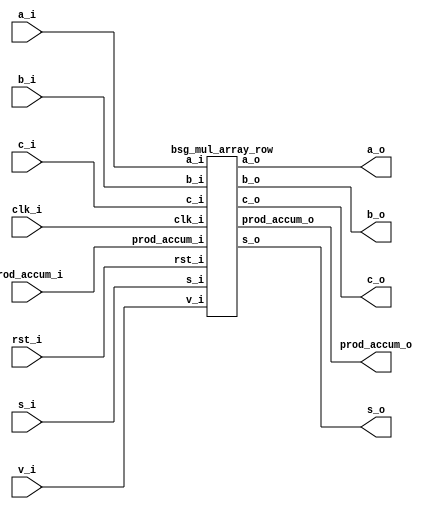


module top
(
  clk_i,
  rst_i,
  v_i,
  a_i,
  b_i,
  s_i,
  c_i,
  prod_accum_i,
  a_o,
  b_o,
  s_o,
  c_o,
  prod_accum_o
);

  input [63:0] a_i;
  input [63:0] b_i;
  input [63:0] s_i;
  input [32:0] prod_accum_i;
  output [63:0] a_o;
  output [63:0] b_o;
  output [63:0] s_o;
  output [33:0] prod_accum_o;
  input clk_i;
  input rst_i;
  input v_i;
  input c_i;
  output c_o;

  bsg_mul_array_row
  wrapper
  (
    .a_i(a_i),
    .b_i(b_i),
    .s_i(s_i),
    .prod_accum_i(prod_accum_i),
    .a_o(a_o),
    .b_o(b_o),
    .s_o(s_o),
    .prod_accum_o(prod_accum_o),
    .clk_i(clk_i),
    .rst_i(rst_i),
    .v_i(v_i),
    .c_i(c_i),
    .c_o(c_o)
  );


endmodule



module bsg_and_width_p64
(
  a_i,
  b_i,
  o
);

  input [63:0] a_i;
  input [63:0] b_i;
  output [63:0] o;
  wire [63:0] o;
  assign o[63] = a_i[63] & b_i[63];
  assign o[62] = a_i[62] & b_i[62];
  assign o[61] = a_i[61] & b_i[61];
  assign o[60] = a_i[60] & b_i[60];
  assign o[59] = a_i[59] & b_i[59];
  assign o[58] = a_i[58] & b_i[58];
  assign o[57] = a_i[57] & b_i[57];
  assign o[56] = a_i[56] & b_i[56];
  assign o[55] = a_i[55] & b_i[55];
  assign o[54] = a_i[54] & b_i[54];
  assign o[53] = a_i[53] & b_i[53];
  assign o[52] = a_i[52] & b_i[52];
  assign o[51] = a_i[51] & b_i[51];
  assign o[50] = a_i[50] & b_i[50];
  assign o[49] = a_i[49] & b_i[49];
  assign o[48] = a_i[48] & b_i[48];
  assign o[47] = a_i[47] & b_i[47];
  assign o[46] = a_i[46] & b_i[46];
  assign o[45] = a_i[45] & b_i[45];
  assign o[44] = a_i[44] & b_i[44];
  assign o[43] = a_i[43] & b_i[43];
  assign o[42] = a_i[42] & b_i[42];
  assign o[41] = a_i[41] & b_i[41];
  assign o[40] = a_i[40] & b_i[40];
  assign o[39] = a_i[39] & b_i[39];
  assign o[38] = a_i[38] & b_i[38];
  assign o[37] = a_i[37] & b_i[37];
  assign o[36] = a_i[36] & b_i[36];
  assign o[35] = a_i[35] & b_i[35];
  assign o[34] = a_i[34] & b_i[34];
  assign o[33] = a_i[33] & b_i[33];
  assign o[32] = a_i[32] & b_i[32];
  assign o[31] = a_i[31] & b_i[31];
  assign o[30] = a_i[30] & b_i[30];
  assign o[29] = a_i[29] & b_i[29];
  assign o[28] = a_i[28] & b_i[28];
  assign o[27] = a_i[27] & b_i[27];
  assign o[26] = a_i[26] & b_i[26];
  assign o[25] = a_i[25] & b_i[25];
  assign o[24] = a_i[24] & b_i[24];
  assign o[23] = a_i[23] & b_i[23];
  assign o[22] = a_i[22] & b_i[22];
  assign o[21] = a_i[21] & b_i[21];
  assign o[20] = a_i[20] & b_i[20];
  assign o[19] = a_i[19] & b_i[19];
  assign o[18] = a_i[18] & b_i[18];
  assign o[17] = a_i[17] & b_i[17];
  assign o[16] = a_i[16] & b_i[16];
  assign o[15] = a_i[15] & b_i[15];
  assign o[14] = a_i[14] & b_i[14];
  assign o[13] = a_i[13] & b_i[13];
  assign o[12] = a_i[12] & b_i[12];
  assign o[11] = a_i[11] & b_i[11];
  assign o[10] = a_i[10] & b_i[10];
  assign o[9] = a_i[9] & b_i[9];
  assign o[8] = a_i[8] & b_i[8];
  assign o[7] = a_i[7] & b_i[7];
  assign o[6] = a_i[6] & b_i[6];
  assign o[5] = a_i[5] & b_i[5];
  assign o[4] = a_i[4] & b_i[4];
  assign o[3] = a_i[3] & b_i[3];
  assign o[2] = a_i[2] & b_i[2];
  assign o[1] = a_i[1] & b_i[1];
  assign o[0] = a_i[0] & b_i[0];

endmodule



module bsg_adder_ripple_carry_width_p64
(
  a_i,
  b_i,
  s_o,
  c_o
);

  input [63:0] a_i;
  input [63:0] b_i;
  output [63:0] s_o;
  output c_o;
  wire [63:0] s_o;
  wire c_o;
  assign { c_o, s_o } = a_i + b_i;

endmodule



module bsg_mul_array_row
(
  clk_i,
  rst_i,
  v_i,
  a_i,
  b_i,
  s_i,
  c_i,
  prod_accum_i,
  a_o,
  b_o,
  s_o,
  c_o,
  prod_accum_o
);

  input [63:0] a_i;
  input [63:0] b_i;
  input [63:0] s_i;
  input [32:0] prod_accum_i;
  output [63:0] a_o;
  output [63:0] b_o;
  output [63:0] s_o;
  output [33:0] prod_accum_o;
  input clk_i;
  input rst_i;
  input v_i;
  input c_i;
  output c_o;
  wire N0,N1,pc,N2,N3,N4,N5,N6,N7,N8,N9,N10,N11,N12,N13,N14,N15,N16,N17,N18,N19,N20,
  N21,N22,N23,N24,N25,N26,N27,N28,N29,N30,N31,N32,N33,N34,N35,N36,N37,N38,N39,N40,
  N41,N42,N43,N44,N45,N46,N47,N48,N49,N50,N51,N52,N53,N54,N55,N56,N57,N58,N59,N60,
  N61,N62,N63,N64,N65,N66,N67,N68,N69,N70,N71,N72,N73,N74,N75,N76,N77,N78,N79,N80,
  N81,N82,N83,N84,N85,N86,N87,N88,N89,N90,N91,N92,N93,N94,N95,N96,N97,N98,N99,N100,
  N101,N102,N103,N104,N105,N106,N107,N108,N109,N110,N111,N112,N113,N114,N115,N116,
  N117,N118,N119,N120,N121,N122,N123,N124,N125,N126,N127,N128,N129,N130,N131,N132,
  N133,N134,N135,N136,N137,N138,N139,N140,N141,N142,N143,N144,N145,N146,N147,N148,
  N149,N150,N151,N152,N153,N154,N155,N156,N157,N158,N159,N160,N161,N162,N163,N164,
  N165,N166,N167,N168,N169,N170,N171,N172,N173,N174,N175,N176,N177,N178,N179,N180,
  N181,N182,N183,N184,N185,N186,N187,N188,N189,N190,N191,N192,N193,N194,N195,N196,
  N197,N198,N199,N200,N201,N202,N203,N204,N205,N206,N207,N208,N209,N210,N211,N212,
  N213,N214,N215,N216,N217,N218,N219,N220,N221,N222,N223,N224,N225,N226,N227,N228,
  N229,N230,N231,N232,N233,N234,N235,N236;
  wire [63:0] pp,ps;
  reg [33:0] prod_accum_o;
  reg [63:0] a_o,b_o,s_o;
  reg c_o;

  bsg_and_width_p64
  and0
  (
    .a_i(a_i),
    .b_i({ b_i[33:33], b_i[33:33], b_i[33:33], b_i[33:33], b_i[33:33], b_i[33:33], b_i[33:33], b_i[33:33], b_i[33:33], b_i[33:33], b_i[33:33], b_i[33:33], b_i[33:33], b_i[33:33], b_i[33:33], b_i[33:33], b_i[33:33], b_i[33:33], b_i[33:33], b_i[33:33], b_i[33:33], b_i[33:33], b_i[33:33], b_i[33:33], b_i[33:33], b_i[33:33], b_i[33:33], b_i[33:33], b_i[33:33], b_i[33:33], b_i[33:33], b_i[33:33], b_i[33:33], b_i[33:33], b_i[33:33], b_i[33:33], b_i[33:33], b_i[33:33], b_i[33:33], b_i[33:33], b_i[33:33], b_i[33:33], b_i[33:33], b_i[33:33], b_i[33:33], b_i[33:33], b_i[33:33], b_i[33:33], b_i[33:33], b_i[33:33], b_i[33:33], b_i[33:33], b_i[33:33], b_i[33:33], b_i[33:33], b_i[33:33], b_i[33:33], b_i[33:33], b_i[33:33], b_i[33:33], b_i[33:33], b_i[33:33], b_i[33:33], b_i[33:33] }),
    .o(pp)
  );


  bsg_adder_ripple_carry_width_p64
  adder0
  (
    .a_i(pp),
    .b_i({ c_i, s_i[63:1] }),
    .s_o(ps),
    .c_o(pc)
  );

  assign { N66, N65, N64, N63, N62, N61, N60, N59, N58, N57, N56, N55, N54, N53, N52, N51, N50, N49, N48, N47, N46, N45, N44, N43, N42, N41, N40, N39, N38, N37, N36, N35, N34, N33, N32, N31, N30, N29, N28, N27, N26, N25, N24, N23, N22, N21, N20, N19, N18, N17, N16, N15, N14, N13, N12, N11, N10, N9, N8, N7, N6, N5, N4, N3 } = (N0)? { 1'b0, 1'b0, 1'b0, 1'b0, 1'b0, 1'b0, 1'b0, 1'b0, 1'b0, 1'b0, 1'b0, 1'b0, 1'b0, 1'b0, 1'b0, 1'b0, 1'b0, 1'b0, 1'b0, 1'b0, 1'b0, 1'b0, 1'b0, 1'b0, 1'b0, 1'b0, 1'b0, 1'b0, 1'b0, 1'b0, 1'b0, 1'b0, 1'b0, 1'b0, 1'b0, 1'b0, 1'b0, 1'b0, 1'b0, 1'b0, 1'b0, 1'b0, 1'b0, 1'b0, 1'b0, 1'b0, 1'b0, 1'b0, 1'b0, 1'b0, 1'b0, 1'b0, 1'b0, 1'b0, 1'b0, 1'b0, 1'b0, 1'b0, 1'b0, 1'b0, 1'b0, 1'b0, 1'b0, 1'b0 } : 
                                                                                                                                                                                                                                                                                                                                       (N1)? a_i : 1'b0;
  assign N0 = rst_i;
  assign N1 = N2;
  assign { N130, N129, N128, N127, N126, N125, N124, N123, N122, N121, N120, N119, N118, N117, N116, N115, N114, N113, N112, N111, N110, N109, N108, N107, N106, N105, N104, N103, N102, N101, N100, N99, N98, N97, N96, N95, N94, N93, N92, N91, N90, N89, N88, N87, N86, N85, N84, N83, N82, N81, N80, N79, N78, N77, N76, N75, N74, N73, N72, N71, N70, N69, N68, N67 } = (N0)? { 1'b0, 1'b0, 1'b0, 1'b0, 1'b0, 1'b0, 1'b0, 1'b0, 1'b0, 1'b0, 1'b0, 1'b0, 1'b0, 1'b0, 1'b0, 1'b0, 1'b0, 1'b0, 1'b0, 1'b0, 1'b0, 1'b0, 1'b0, 1'b0, 1'b0, 1'b0, 1'b0, 1'b0, 1'b0, 1'b0, 1'b0, 1'b0, 1'b0, 1'b0, 1'b0, 1'b0, 1'b0, 1'b0, 1'b0, 1'b0, 1'b0, 1'b0, 1'b0, 1'b0, 1'b0, 1'b0, 1'b0, 1'b0, 1'b0, 1'b0, 1'b0, 1'b0, 1'b0, 1'b0, 1'b0, 1'b0, 1'b0, 1'b0, 1'b0, 1'b0, 1'b0, 1'b0, 1'b0, 1'b0 } : 
                                                                                                                                                                                                                                                                                                                                                                             (N1)? b_i : 1'b0;
  assign { N194, N193, N192, N191, N190, N189, N188, N187, N186, N185, N184, N183, N182, N181, N180, N179, N178, N177, N176, N175, N174, N173, N172, N171, N170, N169, N168, N167, N166, N165, N164, N163, N162, N161, N160, N159, N158, N157, N156, N155, N154, N153, N152, N151, N150, N149, N148, N147, N146, N145, N144, N143, N142, N141, N140, N139, N138, N137, N136, N135, N134, N133, N132, N131 } = (N0)? { 1'b0, 1'b0, 1'b0, 1'b0, 1'b0, 1'b0, 1'b0, 1'b0, 1'b0, 1'b0, 1'b0, 1'b0, 1'b0, 1'b0, 1'b0, 1'b0, 1'b0, 1'b0, 1'b0, 1'b0, 1'b0, 1'b0, 1'b0, 1'b0, 1'b0, 1'b0, 1'b0, 1'b0, 1'b0, 1'b0, 1'b0, 1'b0, 1'b0, 1'b0, 1'b0, 1'b0, 1'b0, 1'b0, 1'b0, 1'b0, 1'b0, 1'b0, 1'b0, 1'b0, 1'b0, 1'b0, 1'b0, 1'b0, 1'b0, 1'b0, 1'b0, 1'b0, 1'b0, 1'b0, 1'b0, 1'b0, 1'b0, 1'b0, 1'b0, 1'b0, 1'b0, 1'b0, 1'b0, 1'b0 } : 
                                                                                                                                                                                                                                                                                                                                                                                                              (N1)? ps : 1'b0;
  assign N195 = (N0)? 1'b0 : 
                (N1)? pc : 1'b0;
  assign { N229, N228, N227, N226, N225, N224, N223, N222, N221, N220, N219, N218, N217, N216, N215, N214, N213, N212, N211, N210, N209, N208, N207, N206, N205, N204, N203, N202, N201, N200, N199, N198, N197, N196 } = (N0)? { 1'b0, 1'b0, 1'b0, 1'b0, 1'b0, 1'b0, 1'b0, 1'b0, 1'b0, 1'b0, 1'b0, 1'b0, 1'b0, 1'b0, 1'b0, 1'b0, 1'b0, 1'b0, 1'b0, 1'b0, 1'b0, 1'b0, 1'b0, 1'b0, 1'b0, 1'b0, 1'b0, 1'b0, 1'b0, 1'b0, 1'b0, 1'b0, 1'b0, 1'b0 } : 
                                                                                                                                                                                                                          (N1)? { ps[0:0], prod_accum_i } : 1'b0;
  assign N2 = ~rst_i;
  assign N230 = ~v_i;
  assign N231 = N230 & N2;
  assign N232 = ~N231;
  assign N233 = N230 & N2;
  assign N234 = ~N233;
  assign N235 = N230 & N2;
  assign N236 = ~N235;

  always @(posedge clk_i) begin
    if(N232) begin
      { prod_accum_o[33:33] } <= { N229 };
      { b_o[33:0] } <= { N100, N99, N98, N97, N96, N95, N94, N93, N92, N91, N90, N89, N88, N87, N86, N85, N84, N83, N82, N81, N80, N79, N78, N77, N76, N75, N74, N73, N72, N71, N70, N69, N68, N67 };
      { s_o[63:0] } <= { N194, N193, N192, N191, N190, N189, N188, N187, N186, N185, N184, N183, N182, N181, N180, N179, N178, N177, N176, N175, N174, N173, N172, N171, N170, N169, N168, N167, N166, N165, N164, N163, N162, N161, N160, N159, N158, N157, N156, N155, N154, N153, N152, N151, N150, N149, N148, N147, N146, N145, N144, N143, N142, N141, N140, N139, N138, N137, N136, N135, N134, N133, N132, N131 };
      c_o <= N195;
    end 
    if(N234) begin
      { prod_accum_o[32:32], prod_accum_o[4:0] } <= { N228, N200, N199, N198, N197, N196 };
      { a_o[63:0] } <= { N66, N65, N64, N63, N62, N61, N60, N59, N58, N57, N56, N55, N54, N53, N52, N51, N50, N49, N48, N47, N46, N45, N44, N43, N42, N41, N40, N39, N38, N37, N36, N35, N34, N33, N32, N31, N30, N29, N28, N27, N26, N25, N24, N23, N22, N21, N20, N19, N18, N17, N16, N15, N14, N13, N12, N11, N10, N9, N8, N7, N6, N5, N4, N3 };
      { b_o[63:34] } <= { N130, N129, N128, N127, N126, N125, N124, N123, N122, N121, N120, N119, N118, N117, N116, N115, N114, N113, N112, N111, N110, N109, N108, N107, N106, N105, N104, N103, N102, N101 };
    end 
    if(N236) begin
      { prod_accum_o[31:5] } <= { N227, N226, N225, N224, N223, N222, N221, N220, N219, N218, N217, N216, N215, N214, N213, N212, N211, N210, N209, N208, N207, N206, N205, N204, N203, N202, N201 };
    end 
  end


endmodule